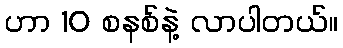
ဟာ 10 စနစ်နဲ့ လာပါတယ်။